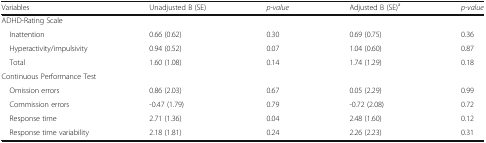
| Variables | Unadjusted B (SE) | p-value | Adjusted B (SE)a | p-value |
 | --- | --- | --- | --- | --- |
 | <COLSPAN=5> ADHD-Rating Scale |
 | Inattention | 0.66 (0.62) | 0.30 | 0.69 (0.75) | 0.36 |
 | Hyperactivity/impulsivity | 0.94 (0.52) | 0.07 | 1.04 (0.60) | 0.87 |
 | Total | 1.60 (1.08) | 0.14 | 1.74 (1.29) | 0.18 |
 | <COLSPAN=5> Continuous Performance Test |
 | Omission errors | 0.86 (2.03) | 0.67 | 0.05 (2.29) | 0.99 |
 | Commission errors | -0.47 (1.79) | 0.79 | -0.72 (2.08) | 0.72 |
 | Response time | 2.71 (1.36) | 0.04 | 2.48 (1.60) | 0.12 |
 | Response time variability | 2.18 (1.81) | 0.24 | 2.26 (2.23) | 0.31 |